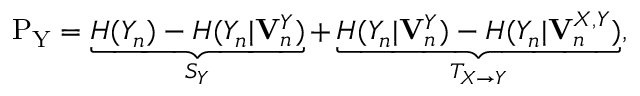
\begin{array} { r } { \mathrm { P _ { Y } } = \underbrace { H ( Y _ { n } ) - H ( Y _ { n } | \mathbf { V } _ { n } ^ { Y } ) } _ { S _ { Y } } + \underbrace { H ( Y _ { n } | \mathbf { V } _ { n } ^ { Y } ) - H ( Y _ { n } | \mathbf { V } _ { n } ^ { X , Y } ) } _ { T _ { X \rightarrow Y } } , } \end{array}